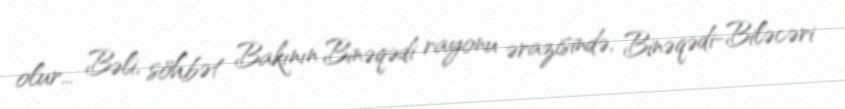
olur... Bəli, söhbət Bakının Binəqədi rayonu ərazisində, Binəqədi-Biləcəri